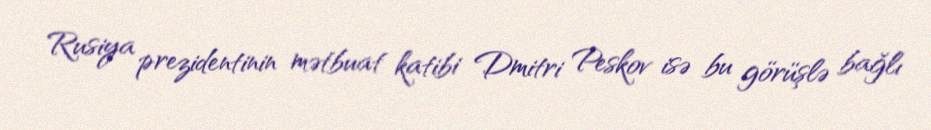
Rusiya prezidentinin mətbuat katibi Dmitri Peskov isə bu görüşlə bağlı